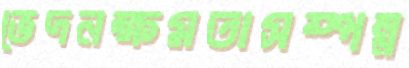
ভেদনক্ষমতাসম্পন্ন